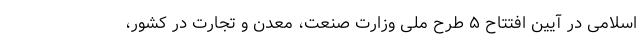
اسلامی در آیین افتتاح ۵ طرح ملی وزارت صنعت، معدن و تجارت در کشور،